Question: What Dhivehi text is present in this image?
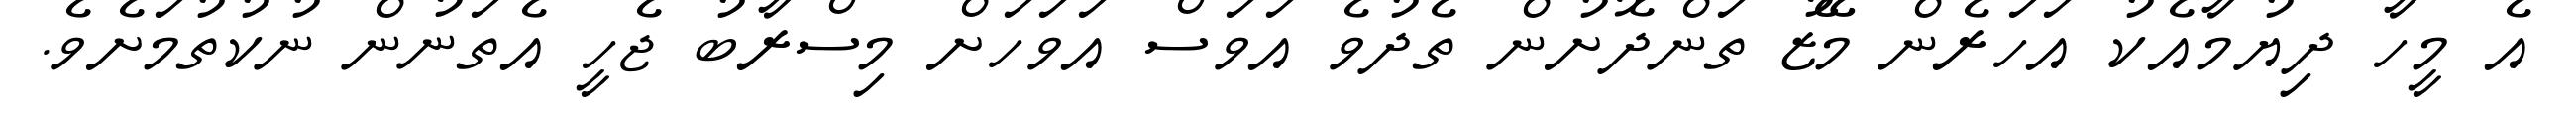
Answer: އެ މީހާ ދިޔުމާއެކު އަހަރެން މޭޒު ތަންދޮށުން ތެދުވެ އަވަސް އަވަހަށް މިސްރާބު ޖެހީ އެތަނުން ނުކުތުމަށެވެ.